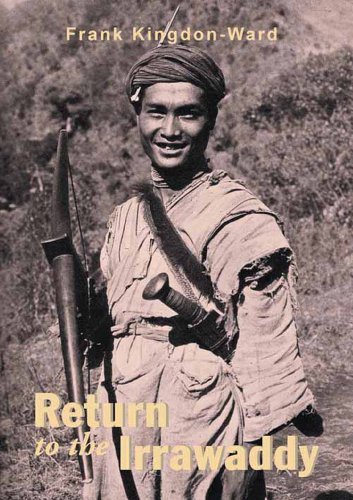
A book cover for Return to the Irrawaddy (Bibliotheca Asiatica); Frank Kingdon-Ward; Travel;